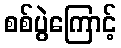
စစ်ပွဲကြောင့်